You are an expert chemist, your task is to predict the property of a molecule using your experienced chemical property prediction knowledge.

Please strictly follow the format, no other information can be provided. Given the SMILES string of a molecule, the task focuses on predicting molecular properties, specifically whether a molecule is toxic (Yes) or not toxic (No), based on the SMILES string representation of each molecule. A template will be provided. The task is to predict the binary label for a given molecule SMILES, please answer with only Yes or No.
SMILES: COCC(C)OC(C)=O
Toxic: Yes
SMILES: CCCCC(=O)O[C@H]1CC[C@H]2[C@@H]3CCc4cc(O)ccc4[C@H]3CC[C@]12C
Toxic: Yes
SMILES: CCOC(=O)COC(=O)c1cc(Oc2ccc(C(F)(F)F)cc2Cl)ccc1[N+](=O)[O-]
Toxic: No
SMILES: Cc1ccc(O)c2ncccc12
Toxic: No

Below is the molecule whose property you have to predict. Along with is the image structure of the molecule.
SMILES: CC(=O)C(=O)[O-]
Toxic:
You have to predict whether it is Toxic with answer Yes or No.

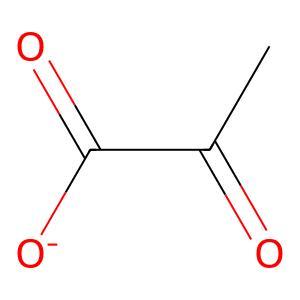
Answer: No